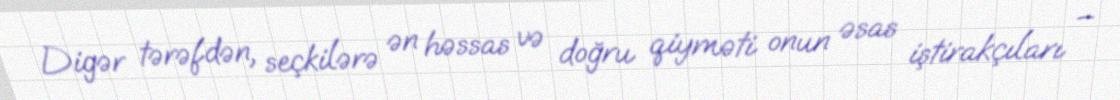
Digər tərəfdən, seçkilərə ən həssas və doğru qiyməti onun əsas iştirakçıları –